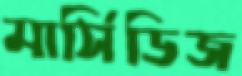
মার্সিডিজ